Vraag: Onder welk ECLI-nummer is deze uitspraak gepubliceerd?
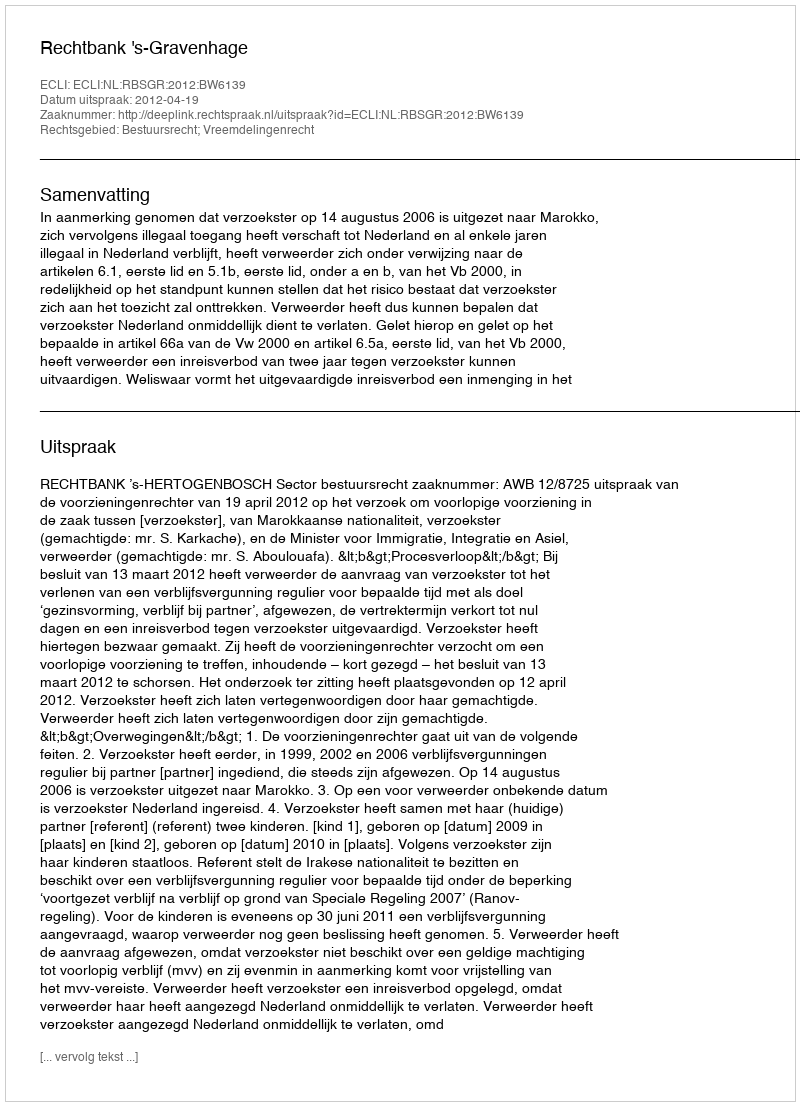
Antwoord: ECLI:NL:RBSGR:2012:BW6139